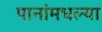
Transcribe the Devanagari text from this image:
पानांमधल्या